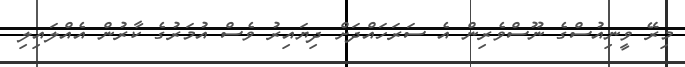
މިރޭ ވީނިއުސްގެ ނޫސްވެރިން އެ ސަރަހައްދަށް ދިޔައިރު ވެސް އުމަރުގެ ކާރުން އެއްލައިލި